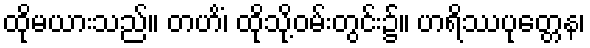
ထိုမယားသည်။ တဟိံ၊ ထိုသို့ဝမ်းတွင်း၌။ ဟရိဿပုတ္တေန၊